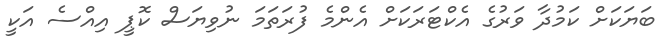
ބަޔަކަށް ކަމުދާ ވަރުގެ އެކްޓަރަކަށް އެންމެ ފުރަތަމަ ނުވިޔަސް ކޮޕީ އިއްސެ އަކީ